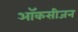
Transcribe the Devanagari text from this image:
ऑकसीजन